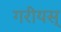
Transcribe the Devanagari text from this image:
गरीयस्‌